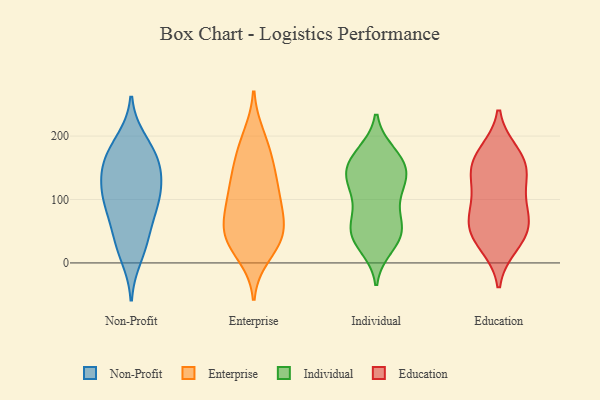
{"axis": {"x": "Waste Production (Tons)", "y": "Value"}, "legend": ["Education", "Enterprise", "Individual", "Non-Profit"], "data": [{"x": "", "y": 95, "type": "Non-Profit"}, {"x": "", "y": 133, "type": "Non-Profit"}, {"x": "", "y": 193, "type": "Non-Profit"}, {"x": "", "y": 100, "type": "Non-Profit"}, {"x": "", "y": 139, "type": "Non-Profit"}, {"x": "", "y": 154, "type": "Non-Profit"}, {"x": "", "y": 95, "type": "Non-Profit"}, {"x": "", "y": 10, "type": "Non-Profit"}, {"x": "", "y": 105, "type": "Non-Profit"}, {"x": "", "y": 169, "type": "Non-Profit"}, {"x": "", "y": 151, "type": "Non-Profit"}, {"x": "", "y": 35, "type": "Non-Profit"}, {"x": "", "y": 35, "type": "Non-Profit"}, {"x": "", "y": 68, "type": "Non-Profit"}, {"x": "", "y": 181, "type": "Non-Profit"}, {"x": "", "y": 154, "type": "Enterprise"}, {"x": "", "y": 142, "type": "Enterprise"}, {"x": "", "y": 54, "type": "Enterprise"}, {"x": "", "y": 12, "type": "Enterprise"}, {"x": "", "y": 160, "type": "Enterprise"}, {"x": "", "y": 31, "type": "Enterprise"}, {"x": "", "y": 90, "type": "Enterprise"}, {"x": "", "y": 109, "type": "Enterprise"}, {"x": "", "y": 190, "type": "Enterprise"}, {"x": "", "y": 200, "type": "Enterprise"}, {"x": "", "y": 42, "type": "Enterprise"}, {"x": "", "y": 107, "type": "Enterprise"}, {"x": "", "y": 42, "type": "Enterprise"}, {"x": "", "y": 32, "type": "Enterprise"}, {"x": "", "y": 114, "type": "Enterprise"}, {"x": "", "y": 64, "type": "Enterprise"}, {"x": "", "y": 72, "type": "Enterprise"}, {"x": "", "y": 138, "type": "Individual"}, {"x": "", "y": 92, "type": "Individual"}, {"x": "", "y": 164, "type": "Individual"}, {"x": "", "y": 122, "type": "Individual"}, {"x": "", "y": 174, "type": "Individual"}, {"x": "", "y": 70, "type": "Individual"}, {"x": "", "y": 46, "type": "Individual"}, {"x": "", "y": 69, "type": "Individual"}, {"x": "", "y": 131, "type": "Individual"}, {"x": "", "y": 141, "type": "Individual"}, {"x": "", "y": 168, "type": "Individual"}, {"x": "", "y": 25, "type": "Individual"}, {"x": "", "y": 31, "type": "Individual"}, {"x": "", "y": 140, "type": "Individual"}, {"x": "", "y": 136, "type": "Individual"}, {"x": "", "y": 48, "type": "Individual"}, {"x": "", "y": 169, "type": "Individual"}, {"x": "", "y": 105, "type": "Individual"}, {"x": "", "y": 46, "type": "Individual"}, {"x": "", "y": 47, "type": "Individual"}, {"x": "", "y": 62, "type": "Education"}, {"x": "", "y": 51, "type": "Education"}, {"x": "", "y": 158, "type": "Education"}, {"x": "", "y": 171, "type": "Education"}, {"x": "", "y": 149, "type": "Education"}, {"x": "", "y": 88, "type": "Education"}, {"x": "", "y": 50, "type": "Education"}, {"x": "", "y": 105, "type": "Education"}, {"x": "", "y": 145, "type": "Education"}, {"x": "", "y": 31, "type": "Education"}]}